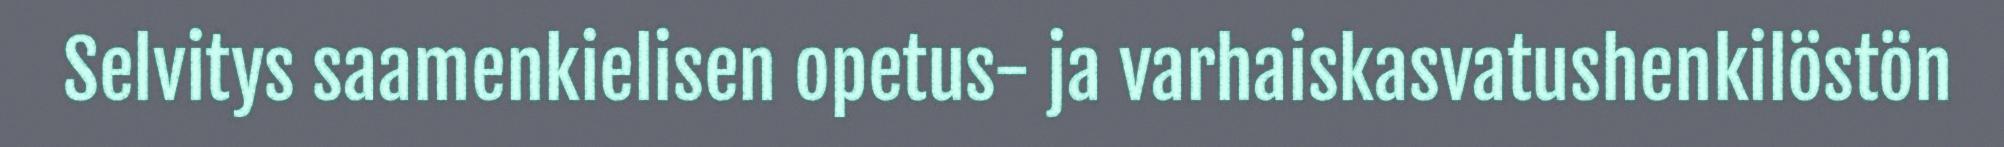
Selvitys saamenkielisen opetus- ja varhaiskasvatushenkilöstön